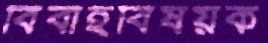
বিবাহবিষয়ক